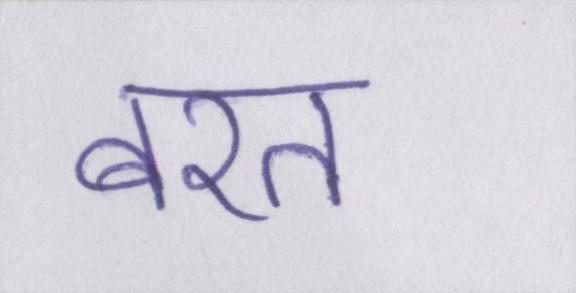
बरत